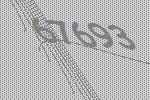
67693